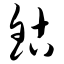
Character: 钴